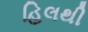
હિલથી